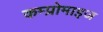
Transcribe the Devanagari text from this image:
कम्प्रोमाइज